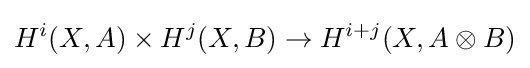
H^{i}(X,A)\times H^{j}(X,B)\to H^{i+j}(X,A\otimes B)